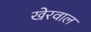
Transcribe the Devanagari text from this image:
खेरवाल